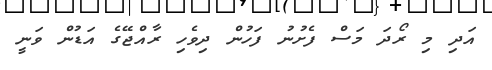
އަދި މި ރޯދަ މަސް ފެށުނު ފަހުން ދިވެހި ރާއްޖޭގެ އަޑުން ވަނީ